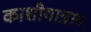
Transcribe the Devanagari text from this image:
काशीयात्रा९